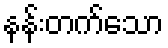
နန်းတက်သော